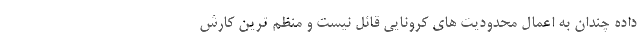
داده چندان به اعمال محدودیت های کرونایی قائل نیست و منظم ترین کارش